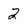
Character: 2